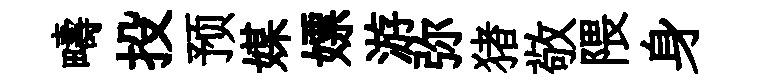
疇投预媒嫖游弥猪敬隈身